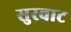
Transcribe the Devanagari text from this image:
सुरवाट